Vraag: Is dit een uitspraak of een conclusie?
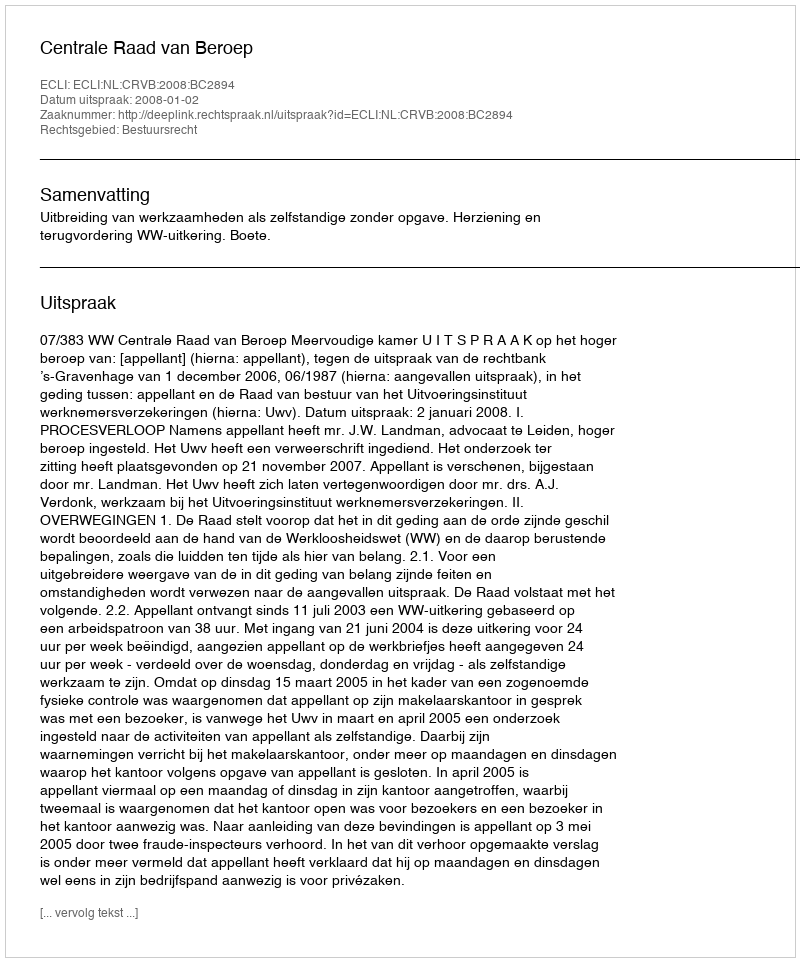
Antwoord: Uitspraak